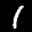
Label: 1